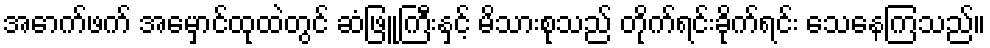
အောက်ဖက် အမှောင်ထုထဲတွင် ဆံဖြူကြီးနှင့် မိသားစုသည် တိုက်ရင်းခိုက်ရင်း သေနေကြသည်။